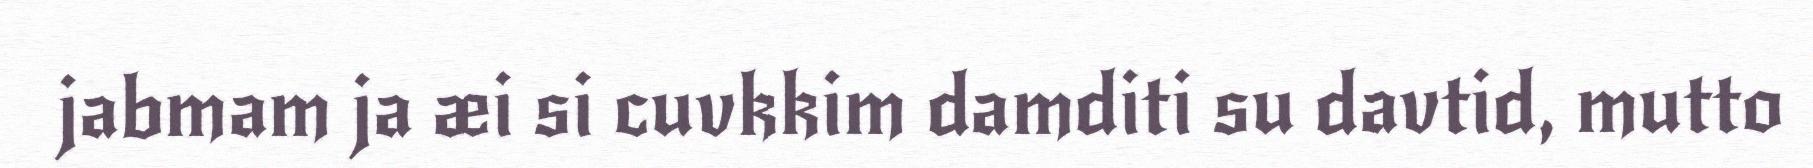
jabmam ja æi si cuvkkim damditi su davtid, mutto